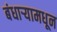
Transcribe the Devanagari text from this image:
बंधार्‍यामधून